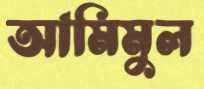
আমিমুল